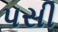
પસી